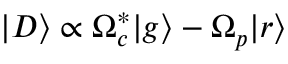
| D \rangle \propto \Omega _ { c } ^ { * } | g \rangle - \Omega _ { p } | r \rangle